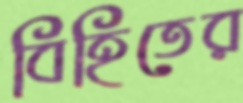
বিহিতের